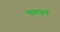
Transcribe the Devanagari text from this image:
परतर